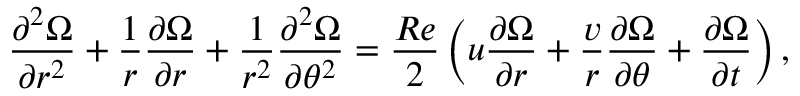
\frac { \partial ^ { 2 } \Omega } { \partial r ^ { 2 } } + \frac { 1 } { r } \frac { \partial \Omega } { \partial r } + \frac { 1 } { r ^ { 2 } } \frac { \partial ^ { 2 } \Omega } { \partial \theta ^ { 2 } } = \frac { R e } { 2 } \left( u \frac { \partial \Omega } { \partial r } + \frac { v } { r } \frac { \partial \Omega } { \partial \theta } + \frac { \partial \Omega } { \partial t } \right) ,